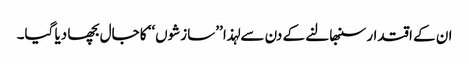
ان کے اقتدار سنبھالنے کے دن سے لہذا ’’سازشوں‘‘ کا جال بچھا دیا گیا۔